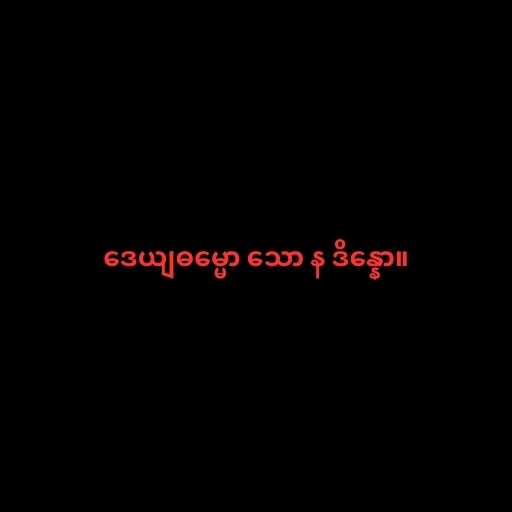
ဒေယျဓမ္မော သော န ဒိန္နော။